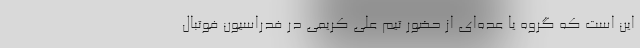
این است که گروه یا عده‌ای از حضور تیم علی کریمی در فدراسیون فوتبال